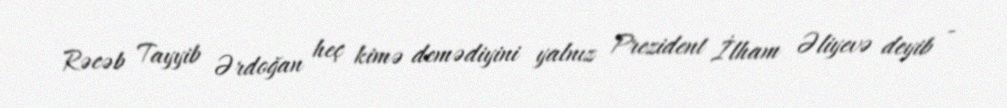
Rəcəb Tayyib Ərdoğan heç kimə demədiyini yalnız Prezident İlham Əliyevə deyib -